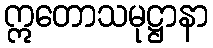
ဣတောသမုဋ္ဌာနာ